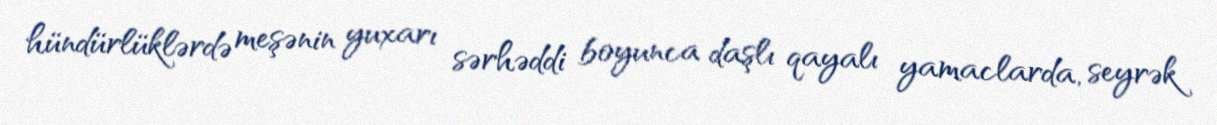
hündürlüklərdə meşənin yuxarı sərhəddi boyunca daşlı qayalı yamaclarda, seyrək